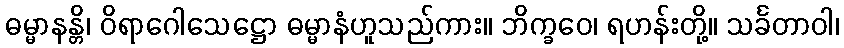
ဓမ္မာနန္တိ၊ ဝိရာဂေါသေဋ္ဌော ဓမ္မာနံဟူသည်ကား။ ဘိက္ခဝေ၊ ရဟန်းတို့။ သင်္ခတာဝါ၊